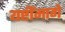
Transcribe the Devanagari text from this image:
यष्टींमागे